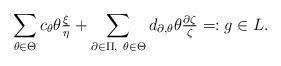
LaTeX: \begin{align*}\sum_{\theta\in\Theta} c_\theta\theta\tfrac{\xi}{\eta}+\sum_{\partial\in \Pi,\ \theta\in\Theta}d_{\partial,\theta}\theta\tfrac{\partial\zeta}{\zeta}=:g\in L.\end{align*}